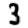
Digit: 3